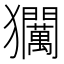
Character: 𱮰